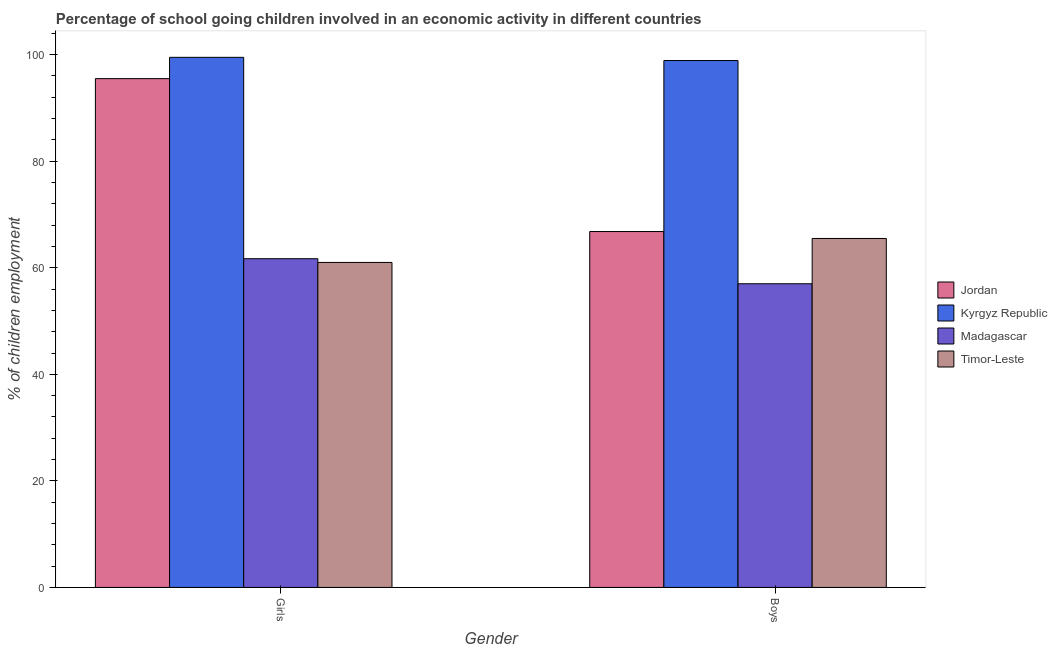
| Gender | Jordan | Kyrgyz Republic | Madagascar | Timor-Leste |
 | --- | --- | --- | --- | --- |
 | Girls | 95.5 | 99.5 | 61.7 | 61 |
 | Boys | 66.8 | 98.9 | 57 | 65.5 |